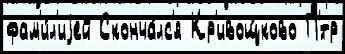
фам'и́л'иjей Сконча́лс'я Кр'ивощ́ково П'́тр